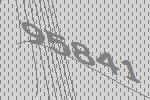
95841